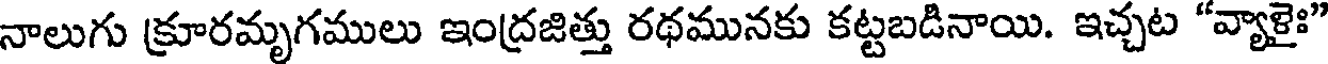
నాలుగు క్రూరమృగములు ఇంద్రజిత్తు రథమునకు కట్టబడినాయి. ఇచ్చట "వ్యాళైః"